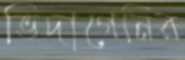
ভিদাগেনির